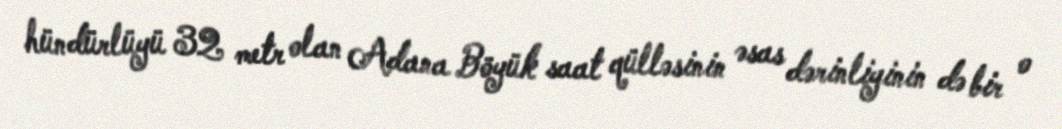
hündürlüyü 32 metr olan Adana Böyük saat qülləsinin əsas dərinliyinin də bir o